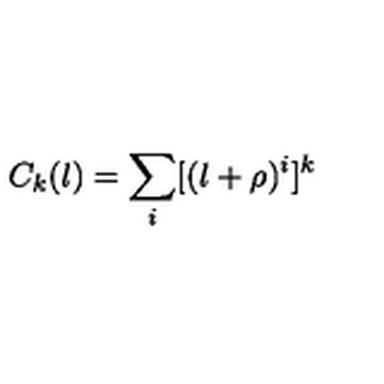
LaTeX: C _ { k } ( l ) = \sum _ { i } [ ( l + \rho ) ^ { i } ] ^ { k } \makebox [ 2 i n ] { f o r k \geq 2 }